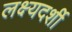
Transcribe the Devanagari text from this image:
लक्ष्यदर्शी